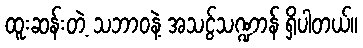
ထူးဆန်းတဲ့ သဘာဝနဲ့ အသငွ်သဏ္ဍာန် ရှိပါတယ်။